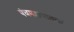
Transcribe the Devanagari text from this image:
पंचमहापातक